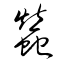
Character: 蠶